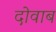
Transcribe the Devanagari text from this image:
दोवाब